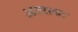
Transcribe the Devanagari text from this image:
आत्माका